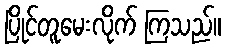
ပြိုင်တူမေးလိုက် ကြသည်။